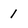
Character: 1